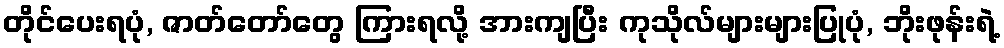
တိုင်ပေးရပုံ, ဇာတ်တော်တွေ ကြားရလို့ အားကျပြီး ကုသိုလ်များများပြုပုံ, ဘိုးဖုန်းရဲ့